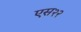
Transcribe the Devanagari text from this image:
एस२२